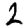
Digit: 2